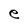
Character: e